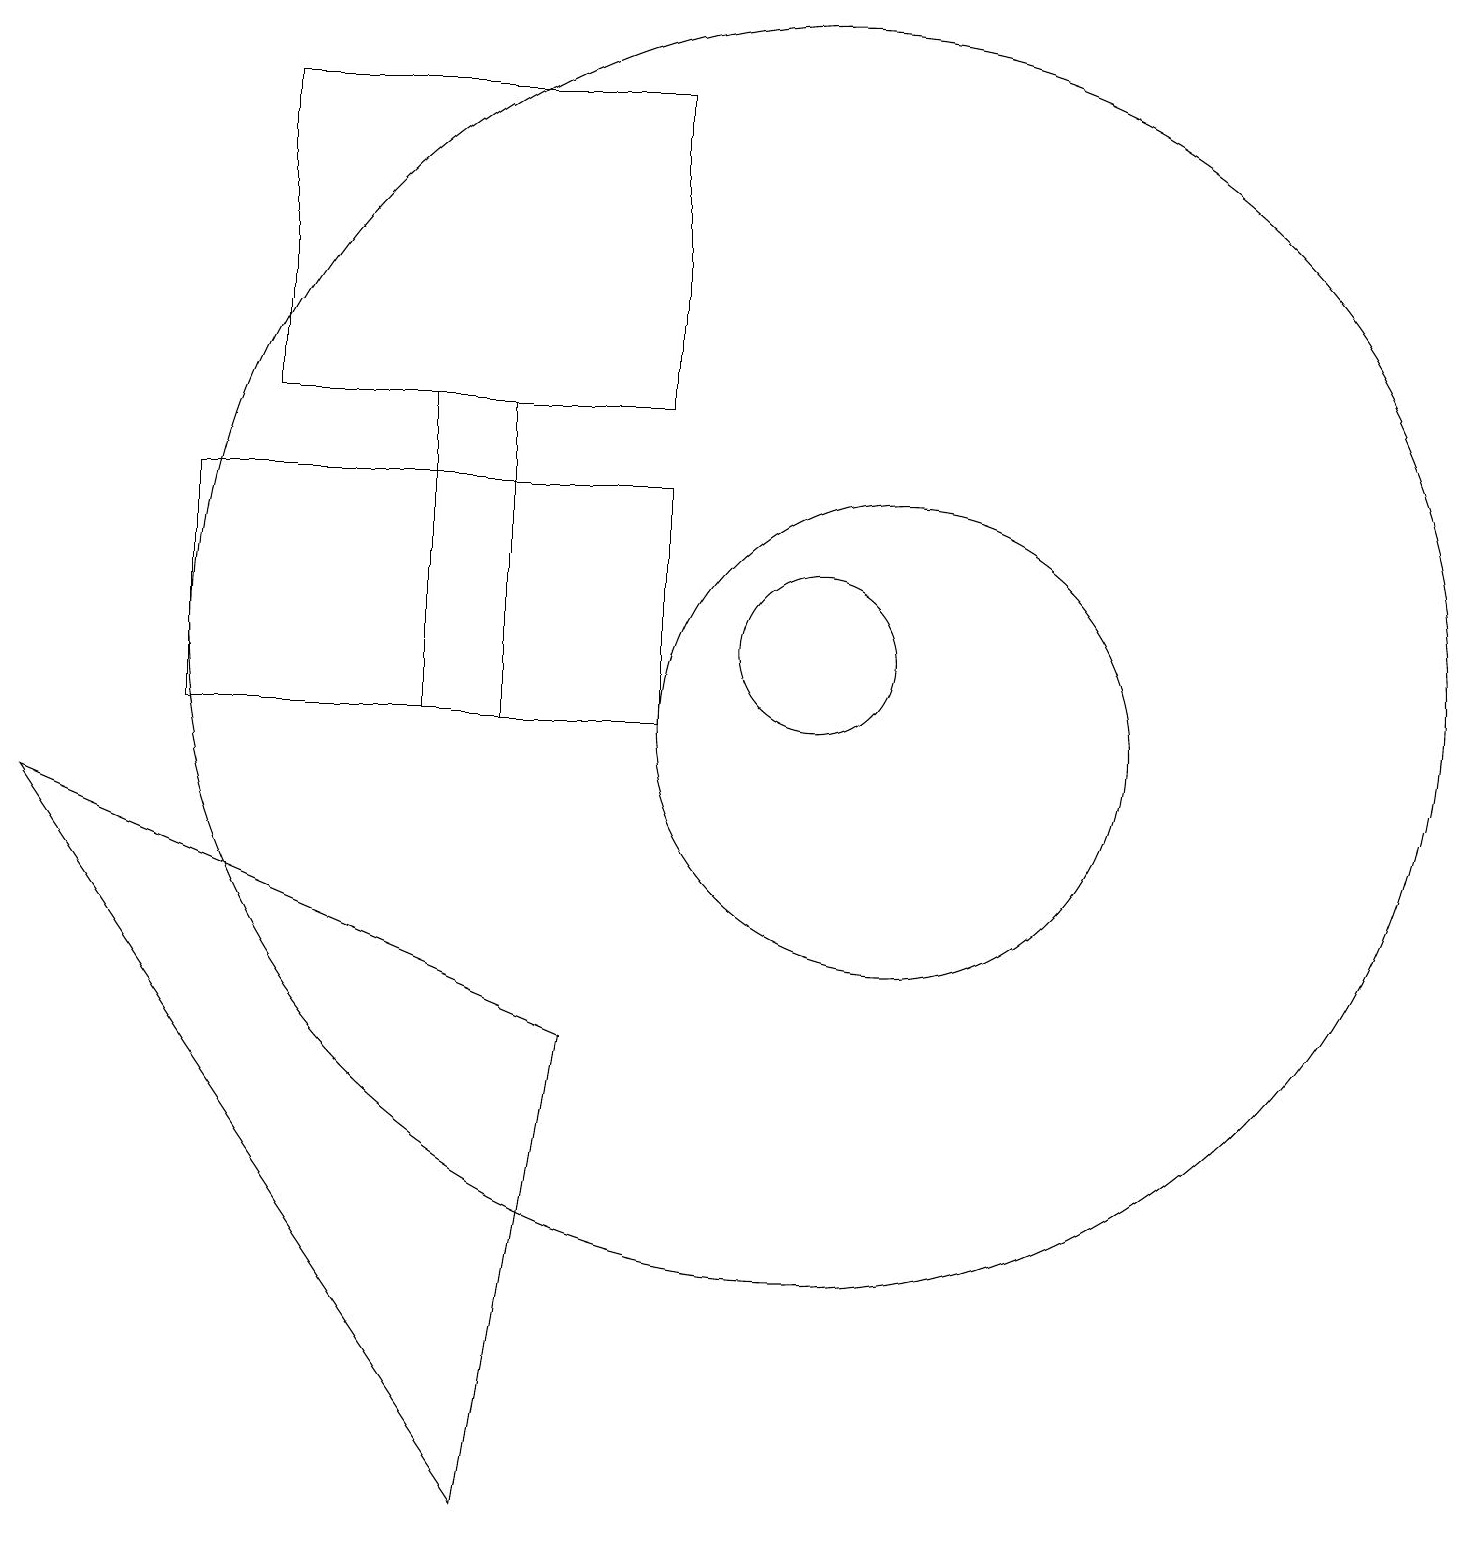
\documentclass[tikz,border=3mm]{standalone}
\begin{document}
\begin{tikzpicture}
\draw (10,11) circle (1);
\draw (11,10) circle (3);
\draw (6,10) rectangle (5,14);
\draw (8,10) rectangle (2,13);
\draw (3,14) rectangle (8,18);
\draw (7,6) -- (6,0) -- (0,9) -- cycle;
\draw (10,11) circle (8);
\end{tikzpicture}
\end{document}